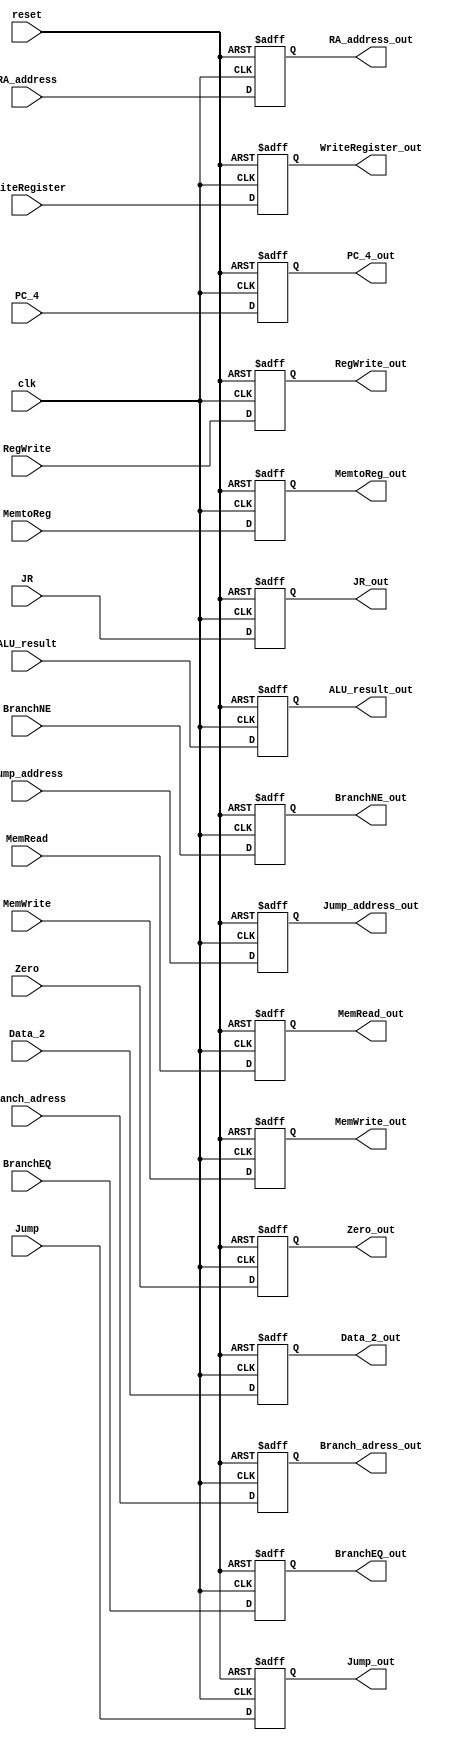
/******************************************************************
* Description
*	This is a register that corresponds to the EX/MEM. 
*	This register does not have an enable signal.
* Version:
*	1.0
* Author:
*	Alexis Muoz
* email:
*	is713743@iteso.mx
* Date:
*	19/04/2020
******************************************************************/

module Register_EX_MEM
#(
	parameter N=32
)
(
	input clk,
	input reset,
	input Zero,
	input [N-1:0] ALU_result,
	input [N-1:0] Data_2,
	input [N-1:0] Jump_address,
	input	[N-1:0] Branch_adress,
	input [4:0] WriteRegister,
	input [N-1:0] PC_4, 	
	//Control
	input Jump,
	input BranchEQ,
	input BranchNE,
	input MemRead,
	input MemWrite,
	input MemtoReg,
	input RegWrite,
	
	input JR,
	input [N-1:0] RA_address, 
	
	
	output reg Zero_out,
	output reg [N-1:0] ALU_result_out,
	output reg [N-1:0] Data_2_out,
	output reg [N-1:0] Jump_address_out,
	output reg	[N-1:0] Branch_adress_out,
	output reg [4:0] WriteRegister_out,
	output reg [N-1:0] PC_4_out, 	
	//Control
	output reg Jump_out,
	output reg BranchEQ_out,
	output reg BranchNE_out,
	output reg MemRead_out,
	output reg MemWrite_out,
	output reg MemtoReg_out,
	output reg RegWrite_out,
	
	output reg JR_out,
	output reg [N-1:0] RA_address_out
);

always@(negedge reset or negedge clk) begin
	if(reset==0)
		begin
			Zero_out <= 0;
			ALU_result_out <= 0;
			Data_2_out <= 0;
			Jump_address_out <= 0;
			Branch_adress_out <= 0;
			WriteRegister_out <= 0;
			PC_4_out <= 0;
			//Control
			Jump_out <= 0;
			BranchEQ_out <= 0;
			BranchNE_out <= 0;
			MemRead_out <= 0;
			MemtoReg_out <= 0;
			MemWrite_out <= 0;
			RegWrite_out <= 0;
			JR_out <= 0;
			RA_address_out <= 0;
		end
	else	
		begin
			Zero_out <= Zero;
			ALU_result_out <= ALU_result;
			Data_2_out <= Data_2;
			Jump_address_out <= Jump_address;
			Branch_adress_out <= Branch_adress;
			WriteRegister_out <= WriteRegister;
			PC_4_out <= PC_4;
			//Control
			Jump_out <= Jump;
			BranchEQ_out <= BranchEQ;
			BranchNE_out <= BranchNE;
			MemRead_out <= MemRead;
			MemtoReg_out <= MemtoReg;
			MemWrite_out <= MemWrite;
			RegWrite_out <= RegWrite;
			JR_out <= JR;
			RA_address_out <= RA_address;
		end
end

endmodule
//pcreg//